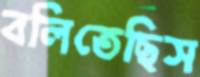
বলিতেছিস